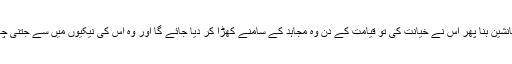
جو شخص مجاہدین میں سے کسی کے گھر والوں کا جانشین بنا پھر اس نے خیانت کی تو قیامت کے دن وہ مجاہد کے سامنے کھڑا کر دیا جائے گا اور وہ اس کی نیکیوں میں سے جتنی چاہے گا لے لے گا یہاں تک کہ وہ راضی ہو جائے گا‘‘۔